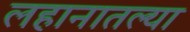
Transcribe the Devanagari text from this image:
लहानातल्या